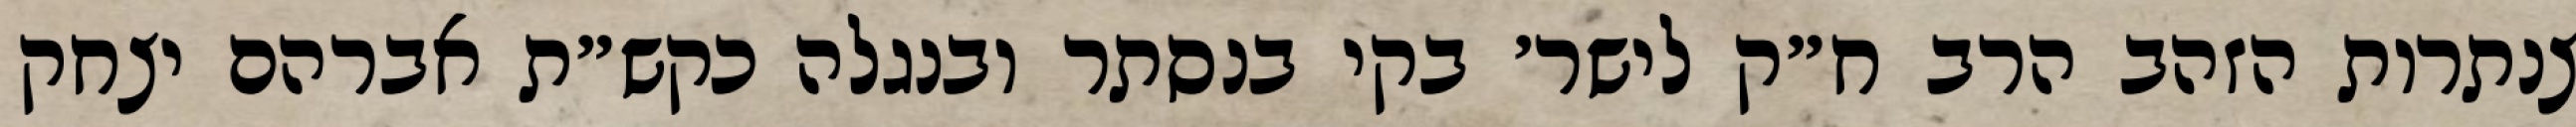
צנתרות הזהב הרב ח״ק לישר׳ בקי בנסתר ובנגלה כקש״ת אברהם יצחק